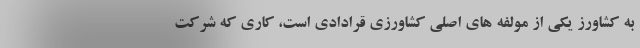
به کشاورز یکی از مولفه های اصلی کشاورزی قرادادی است، کاری که شرکت